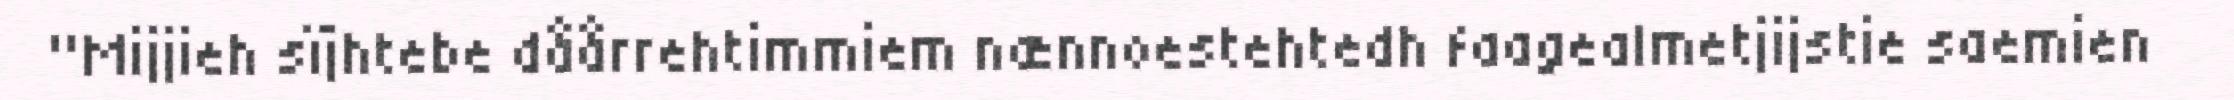
"Mijjieh sïjhtebe dåårrehtimmiem nænnoestehtedh faagealmetjijstie saemien